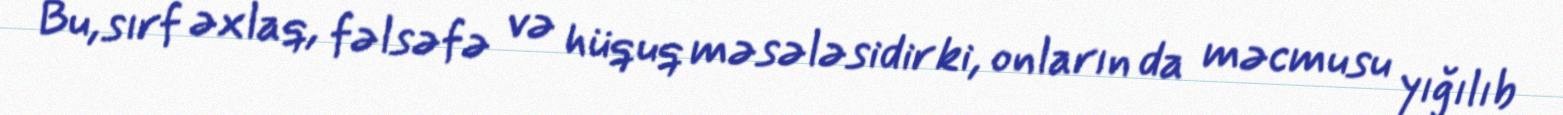
Bu, sırf əxlaq, fəlsəfə və hüquq məsələsidir ki, onların da məcmusu yığılıb